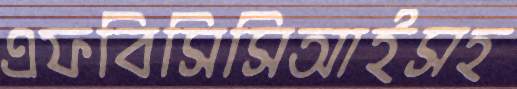
এফবিসিসিআইসহ